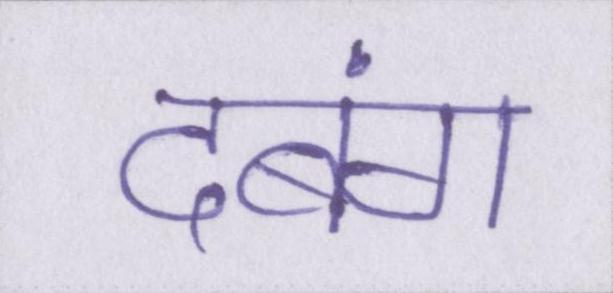
दबंग